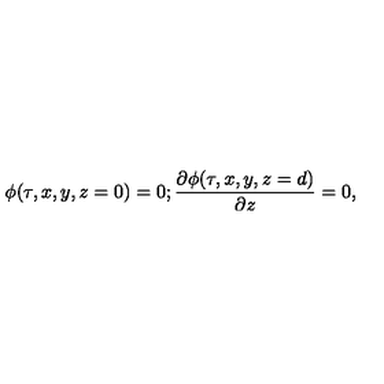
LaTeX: \phi ( \tau , x , y , z = 0 ) = 0 ; { \frac { \partial \phi ( \tau , x , y , z = d ) } { \partial z } } = 0 ,